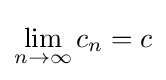
\lim _{n\to \infty }c_{n}=c